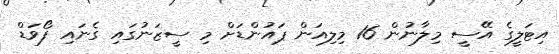
އިޓަލީގެ އޭސީ މިލާނުން 16 މިލިއަން ޕައުންޑަށް މި ސީޒަނުގައި ގެނައި ފޯވަޑް